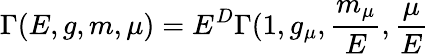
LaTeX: \Gamma(E,g,m,\mu)=E^{D}\Gamma(1,g_{\mu},\frac{m_{\mu}}{E},\frac{\mu}{E}